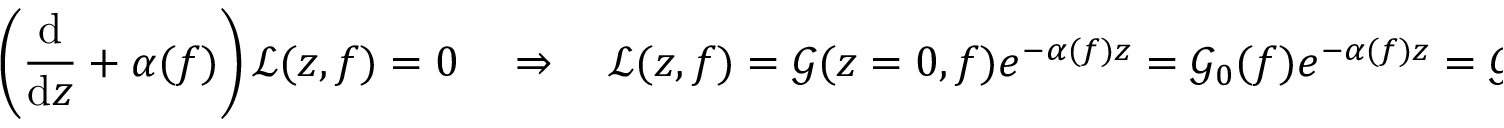
\left( \frac { \mathrm { d } } { \mathrm { d } z } + \alpha ( f ) \right) \mathcal { L } ( z , f ) = 0 \quad \Rightarrow \quad \mathcal { L } ( z , f ) = \mathcal { G } ( z = 0 , f ) e ^ { - \alpha ( f ) z } = \mathcal { G } _ { 0 } ( f ) e ^ { - \alpha ( f ) z } = \mathcal { G } _ { 0 } ( f ) \frac { \mathrm { d } } { \mathrm { d } z } \Lambda ( z , f ) \: ,